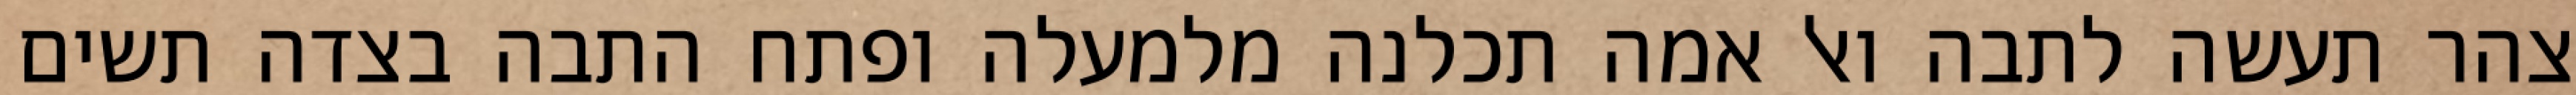
צהר תעשה לתבה ואל אמה תכלנה מלמעלה ופתח התבה בצדה תשים